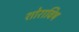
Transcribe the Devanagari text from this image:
शोराविष